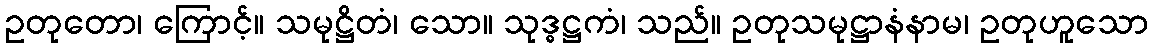
ဥတုတော၊ ကြောင့်။ သမုဋ္ဌိတံ၊ သော။ သုဒ္ဓဋ္ဌကံ၊ သည်။ ဥတုသမုဋ္ဌာနံနာမ၊ ဥတုဟူသော